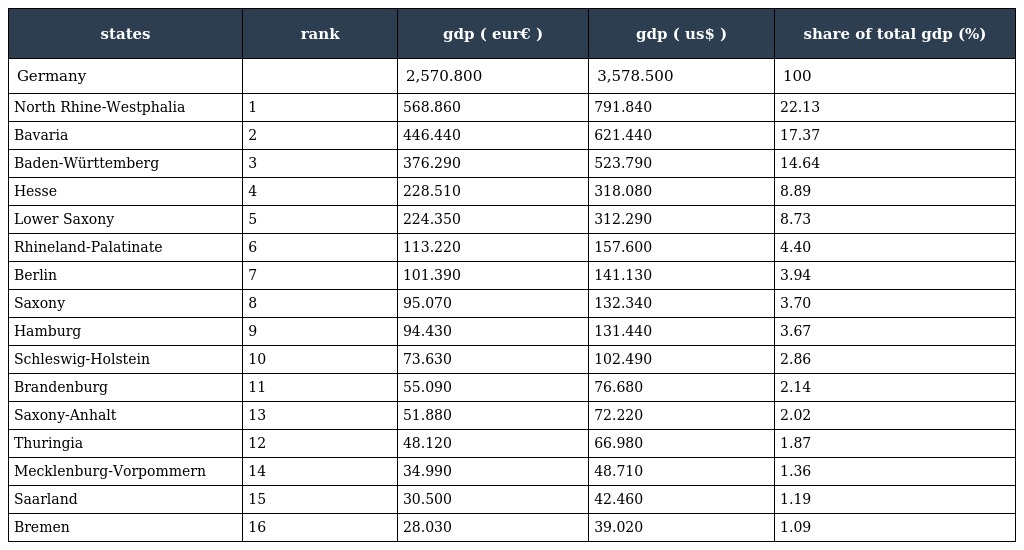
| states | rank | gdp ( eur€ ) | gdp ( us$ ) | share of total gdp (%) |
 | --- | --- | --- | --- | --- |
 | Germany |  | 2,570.800 | 3,578.500 | 100 |
 | North Rhine-Westphalia | 1 | 568.860 | 791.840 | 22.13 |
 | Bavaria | 2 | 446.440 | 621.440 | 17.37 |
 | Baden-Württemberg | 3 | 376.290 | 523.790 | 14.64 |
 | Hesse | 4 | 228.510 | 318.080 | 8.89 |
 | Lower Saxony | 5 | 224.350 | 312.290 | 8.73 |
 | Rhineland-Palatinate | 6 | 113.220 | 157.600 | 4.40 |
 | Berlin | 7 | 101.390 | 141.130 | 3.94 |
 | Saxony | 8 | 95.070 | 132.340 | 3.70 |
 | Hamburg | 9 | 94.430 | 131.440 | 3.67 |
 | Schleswig-Holstein | 10 | 73.630 | 102.490 | 2.86 |
 | Brandenburg | 11 | 55.090 | 76.680 | 2.14 |
 | Saxony-Anhalt | 13 | 51.880 | 72.220 | 2.02 |
 | Thuringia | 12 | 48.120 | 66.980 | 1.87 |
 | Mecklenburg-Vorpommern | 14 | 34.990 | 48.710 | 1.36 |
 | Saarland | 15 | 30.500 | 42.460 | 1.19 |
 | Bremen | 16 | 28.030 | 39.020 | 1.09 |